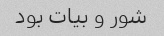
شور و بیات بود